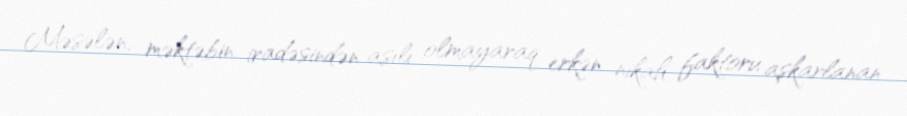
Məsələn, məktəbin iradəsindən asılı olmayaraq erkən nikah faktoru aşkarlanan